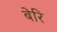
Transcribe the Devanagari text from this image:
बेरि